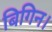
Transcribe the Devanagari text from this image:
बिगिन।